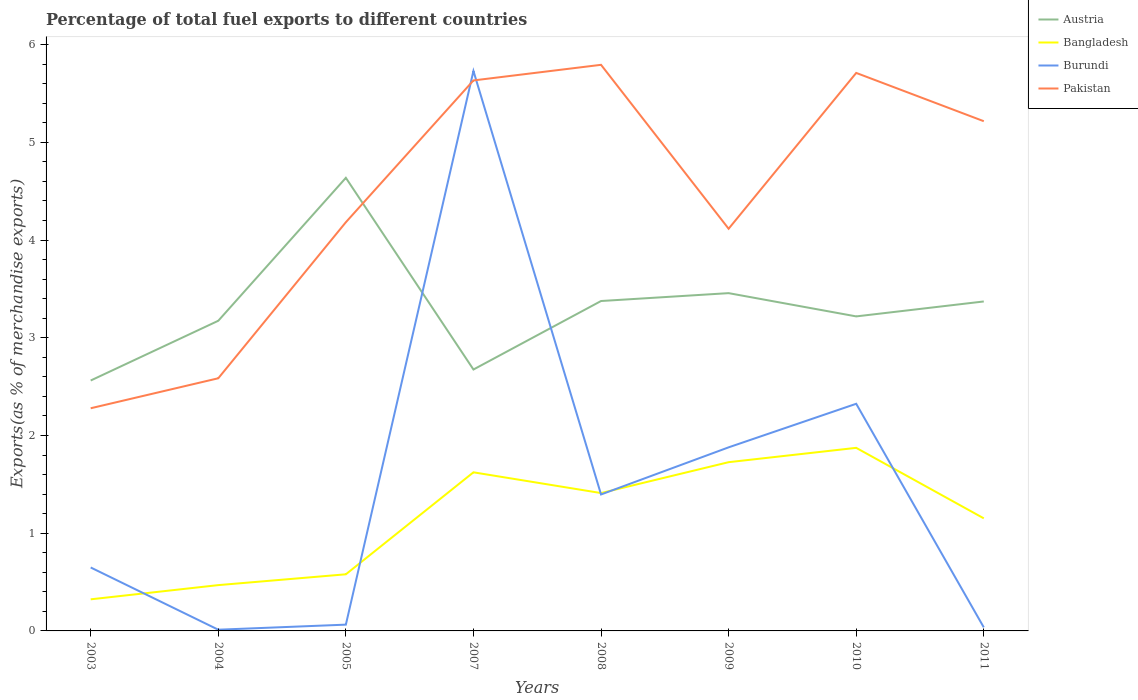
| Years | Austria | Bangladesh | Burundi | Pakistan |
 | --- | --- | --- | --- | --- |
 | 2003 | 2.56 | 0.323 | 0.649 | 2.28 |
 | 2004 | 3.17 | 0.469 | 0.0125 | 2.59 |
 | 2005 | 4.64 | 0.579 | 0.0643 | 4.18 |
 | 2007 | 2.67 | 1.62 | 5.73 | 5.63 |
 | 2008 | 3.38 | 1.41 | 1.4 | 5.79 |
 | 2009 | 3.46 | 1.73 | 1.88 | 4.12 |
 | 2010 | 3.22 | 1.87 | 2.32 | 5.71 |
 | 2011 | 3.37 | 1.15 | 0.0362 | 5.22 |